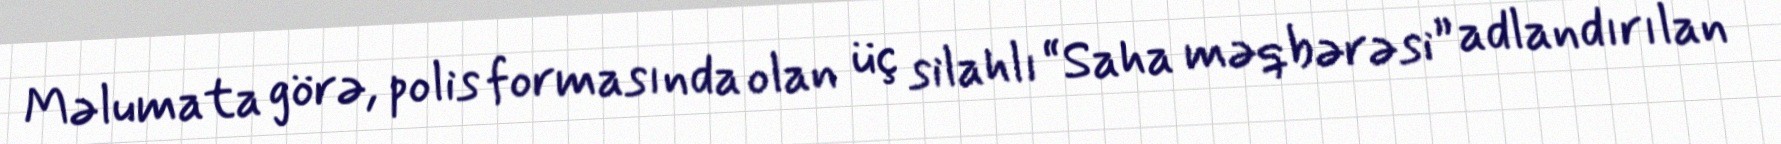
Məlumata görə, polis formasında olan üç silahlı “Saha məqbərəsi” adlandırılan